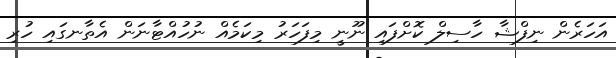
އަހަރެން ނިފްޝާ ހާސިލް ކޮށްފައި ނޫނީ މިފަހަރު މިކަމެއް ނުހުއްޓާނަން އެތާނގައި ހުރި